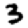
Digit: 3